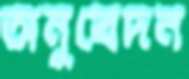
অনুবেদন